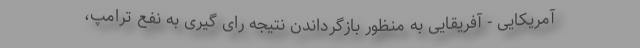
آمریکایی - آفریقایی به منظور بازگرداندن نتیجه رای گیری به نفع ترامپ،